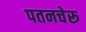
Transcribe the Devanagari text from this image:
पतनचेरू